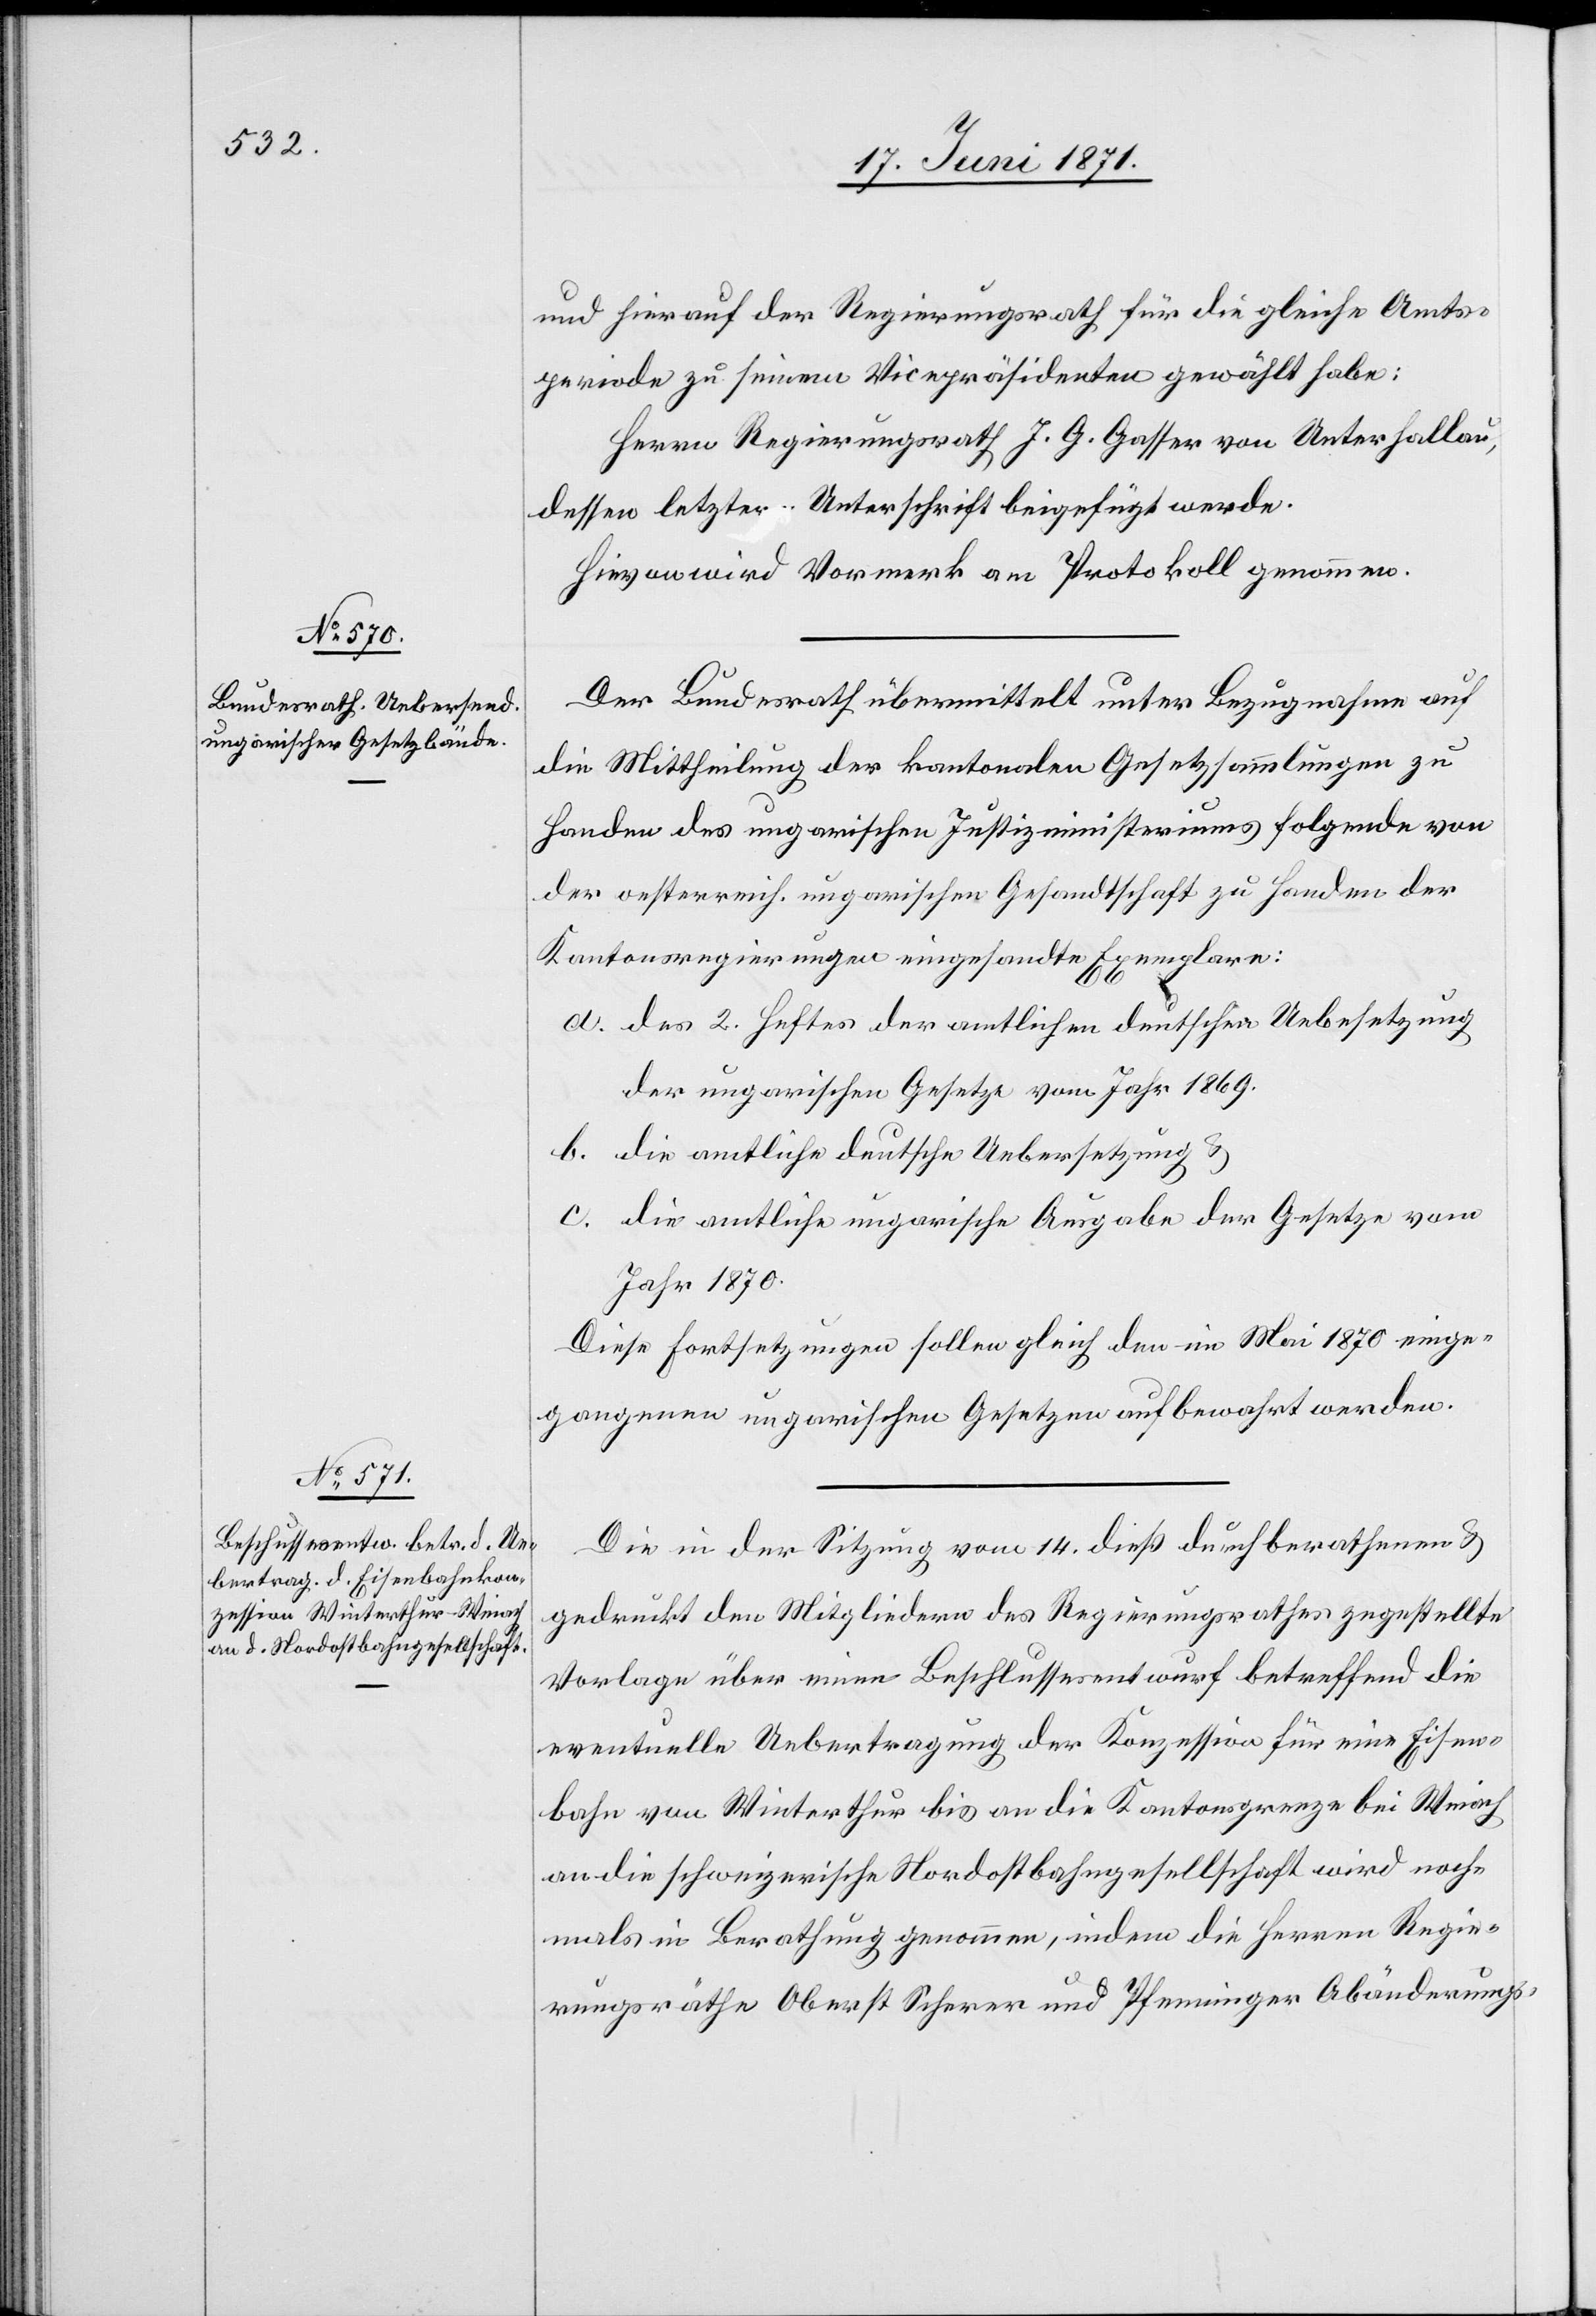
und hierauf der Regierungsrath für die gleiche Amts¬
periode zu seinem Vicepräsidenten gewählt habe:
Herrn Regierungsrath J. G. Gasser von Unterhallau,
dessen letztere Unterschrift beigefügt werde.
Hievon wird Vormerk am Protokoll genommen.
Der Bundesrath übermittelt unter Bezugnahme auf
die Mittheilung der kantonalen Gesetzsammlungen zu
Handen des ungarischen Justizministeriums folgende von
der oesterreich. ungarischen Gesandtschaft zu Handen der
Kantonsregierungen eingesandte Exemplare:
a. des 2. Heftes der amtlichen deutschen Uebe[r]setzung
der ungarischen Gesetze vom Jahr 1869.
b. die amtliche deutsche Uebersetzung u.
c. die amtliche ungarische Ausgabe der Gesetze vom
Jahr 1870.
Diese Fortsetzungen sollen gleich den im Mai 1870 einge¬
gangenen ungarischen Gesetzen aufbewahrt werden.
Die in der Sitzung vom 14. dieß durchberathenen
gedruckt den Mitgliedern des Regierungsrathes zugestellte
Vorlage über einen Beschlussesentwurf betreffend die
eventuelle Uebertragung der Konzession für eine Eisen¬
bahn von Winterthur bis an die Kantonsgrenze bei Weiach
an die schweizerische Nordostbahngesellschaft wird noch¬
mals in Berathung genommen, indem die Herren Regie¬
rungsräthe Oberst Scherer und Pfenninger Abänderungs-